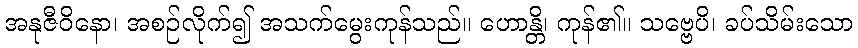
အနုဇီဝိနော၊ အစဉ်လိုက်၍ အသက်မွေးကုန်သည်။ ဟောန္တိ၊ ကုန်၏။ သဗ္ဗေပိ၊ ခပ်သိမ်းသော